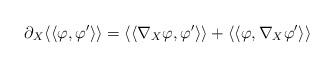
LaTeX: \begin{align*}\partial_X \langle\langle\varphi,\varphi'\rangle\rangle=\langle\langle\nabla_X\varphi,\varphi'\rangle\rangle+ \langle\langle\varphi,\nabla_X\varphi'\rangle\rangle\end{align*}